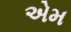
એમ